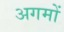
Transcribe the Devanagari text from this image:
अगमों